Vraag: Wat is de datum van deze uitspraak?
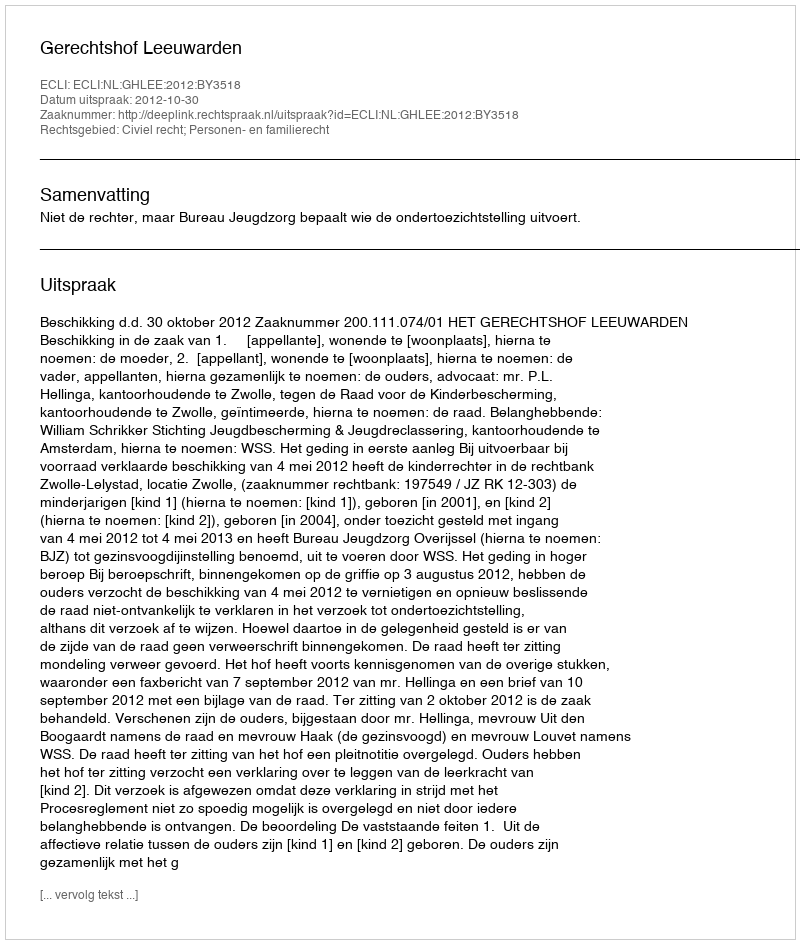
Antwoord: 2012-10-30